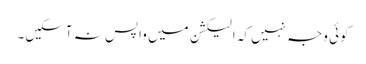
کوئی وجہ نہیں کہ الیکشن میں واپس نہ آسکیں۔